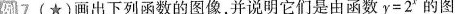
7(★)画出下列函数的图像，并说明它们是由函数y=2^{x}的图